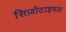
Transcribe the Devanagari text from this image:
सिज़ोटाइपल